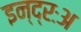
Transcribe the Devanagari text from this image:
इन्द्रःअ